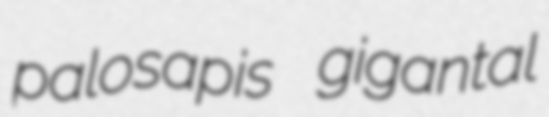
palosapis gigantal